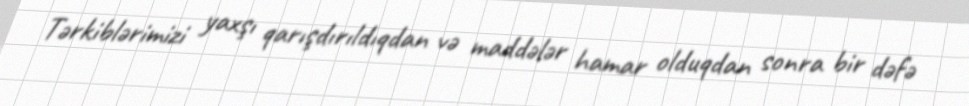
Tərkiblərimizi yaxşı qarışdırıldıqdan və maddələr hamar olduqdan sonra bir dəfə